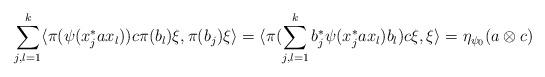
LaTeX: \begin{align*} \sum_{j,l=1}^k \langle \pi(\psi(x_j^\ast a x_l)) c \pi(b_l) \xi, \pi(b_j) \xi\rangle = \langle \pi(\sum_{j,l=1}^k b_j^\ast\psi(x_j^\ast a x_l) b_l) c \xi , \xi\rangle = \eta_{\psi_0}(a\otimes c) \end{align*}